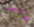
واحد